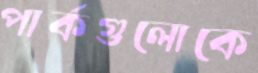
পার্কগুলোকে